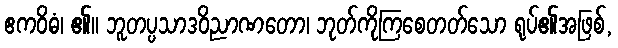
ဧကဝိဓံ၊ ၏။ ဘူတပ္ပသာဒဝိညာဏတော၊ ဘုတ်ကိုကြစေတတ်သော ရုပ်၏အဖြစ်,